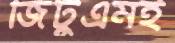
জিটুএমই